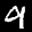
Label: 9